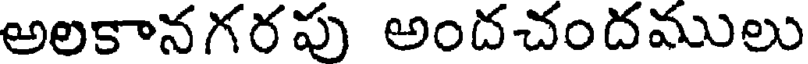
అలకానగరపు అందచందములు